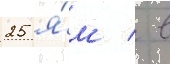
25 я́м / в